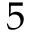
5